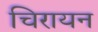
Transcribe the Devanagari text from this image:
चिरायन